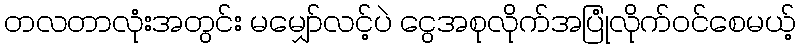
တလတာလုံးအတွင်း မမျှော်လင့်ပဲ ငွေအစုလိုက်အပြုံလိုက်ဝင်စေမယ့်